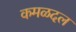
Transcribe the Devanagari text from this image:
कमळदल